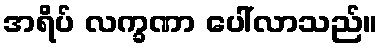
အရိပ် လက္ခဏာ ပေါ်လာသည်။